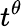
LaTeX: t^{\theta}